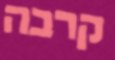
קרבה